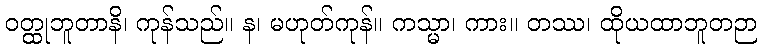
ဝတ္ထုဘူတာနိ၊ ကုန်သည်။ န၊ မဟုတ်ကုန်။ ကသ္မာ၊ ကား။ တဿ၊ ထိုယထာဘူတဉာ